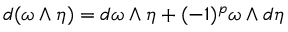
d ( \omega \wedge \eta ) = d \omega \wedge \eta + ( - 1 ) ^ { p } \omega \wedge d \eta